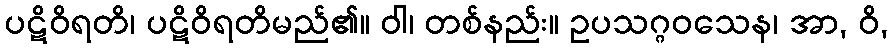
ပဋိဝိရတိ၊ ပဋိဝိရတိမည်၏။ ဝါ၊ တစ်နည်း။ ဥပသဂ္ဂဝသေန၊ အာ, ဝိ,